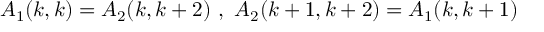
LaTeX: A _ { 1 } ( k , k ) = A _ { 2 } ( k , k + 2 ) \ , \ A _ { 2 } ( k + 1 , k + 2 ) = A _ { 1 } ( k , k + 1 )